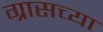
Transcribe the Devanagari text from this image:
ग्रासच्या